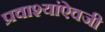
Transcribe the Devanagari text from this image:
प्रवाश्यांऐवजी